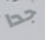
جدا